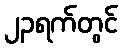
၂၃ရက်တွင်